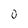
Character: O